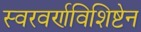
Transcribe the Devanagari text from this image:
स्वरवर्णविशिष्टेन